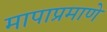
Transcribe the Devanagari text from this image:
मापाप्रमाणे